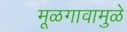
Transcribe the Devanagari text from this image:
मूळगावामुळे